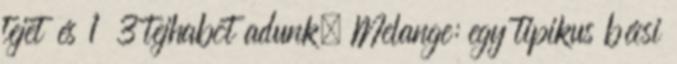
tejet és 1 3 tejhabot adunk. Melange: egy tipikus bécsi